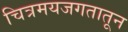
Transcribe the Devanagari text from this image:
चित्रमयजगतातून